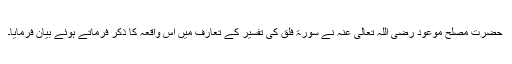
حضرت مصلح موعود رضی اللہ تعالیٰ عنہ نے سورۃ فلق کی تفسیر کے تعارف میں اس واقعہ کا ذکر فرماتے ہوئے بیان فرمایا۔